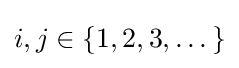
i,j\in \{1,2,3,\dots \}